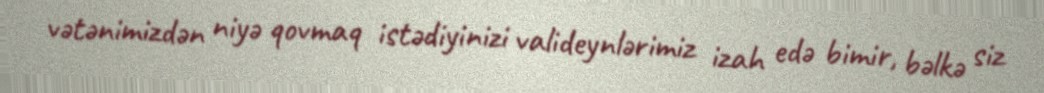
vətənimizdən niyə qovmaq istədiyinizi valideynlərimiz izah edə bimir, bəlkə siz